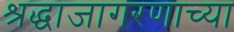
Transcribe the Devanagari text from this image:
श्रद्धाजागरणाच्या